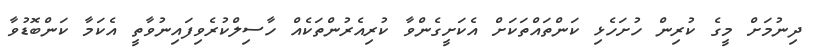
ދިނުމަށް މީގެ ކުރިން ހުށަހެޅި ކަންތައްތަކަށް އެކަށީގެންވާ ކުރިއެރުންތަކެއް ހާސިލްކުރެވިފައިނުވާތީ އެކަމާ ކަންބޮޑުވާ